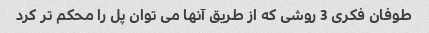
طوفان فکری 3 روشی که از طریق آنها می توان پل را محکم تر کرد